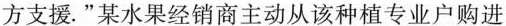
方支援.”某水果经销商主动从该种植专业户购进